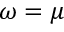
\omega = \mu